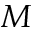
M